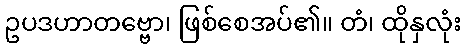
ဥပဒဟာတဗ္ဗော၊ ဖြစ်စေအပ်၏။ တံ၊ ထိုနှလုံး